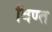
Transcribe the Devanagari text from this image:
बिण्त